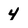
Character: 4